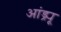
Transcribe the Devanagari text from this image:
आंड्र्यू